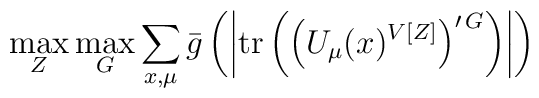
\max_{Z} \max_{G} \sum_{x,\mu } \bar{g} \left( \left| \mbox{tr} \left( \left( U_{\mu } (x)^{V[Z]} \right)^{\prime \, G} \right) \right| \right)